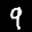
Label: 9